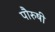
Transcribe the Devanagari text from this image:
पौरुषी